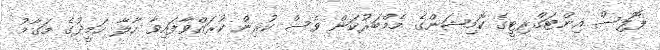
ޕޮލިސް އިންޓަގްރިޓީގެ ކޮމިޝަންގެ މެމްބަރުކަން ވެސް ކުރިން ކުރައްވާފައިވާ ހާލާ ހަމީދުގެ މަގާމު